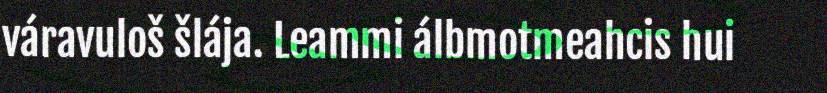
váravuloš šlája. Leammi álbmotmeahcis hui